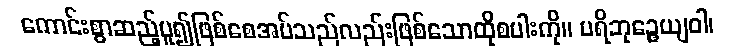
ကောင်းစွာဆည့်ပူ၍ဖြစ်စေအပ်သည်လည်းဖြစ်သောထိုစပါးကို။ ပရိဘုဉ္ဇေယျဝါ၊